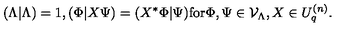
( \Lambda \vert \Lambda ) = 1 , ( \Phi \vert X \Psi ) = ( X ^ { * } \Phi \vert \Psi ) \mathrm { f o r } \Phi , \Psi \in { \cal V } _ { \Lambda } , X \in U _ { q } ^ { ( n ) } .